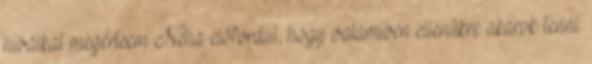
hibáikat megértsem Néha előfordul, hogy valamiben ellenükre akarok tenni.